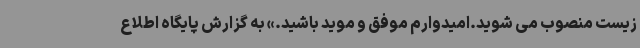
زیست منصوب می شوید.امیدوارم موفق و موید باشید.» به گزارش پایگاه اطلاع